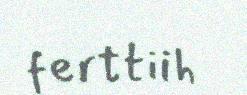
ferttiih